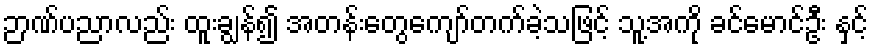
ဉာဏ်ပညာလည်း ထူးချွန်၍ အတန်းတွေကျော်တက်ခဲ့သဖြင့် သူ့အကို ခင်မောင်ဦး နှင့်